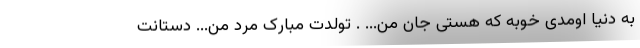
به دنیا اومدی خوبه که هستی جانِ من... . تولدت مبارک مرد من... دستانت